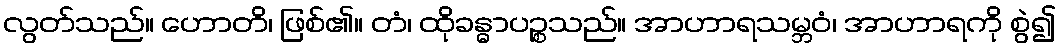
လွတ်သည်။ ဟောတိ၊ ဖြစ်၏။ တံ၊ ထိုခန္ဓာပဉ္စသည်။ အာဟာရသမ္ဘဝံ၊ အာဟာရကို စွဲ၍